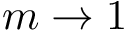
m \rightarrow 1